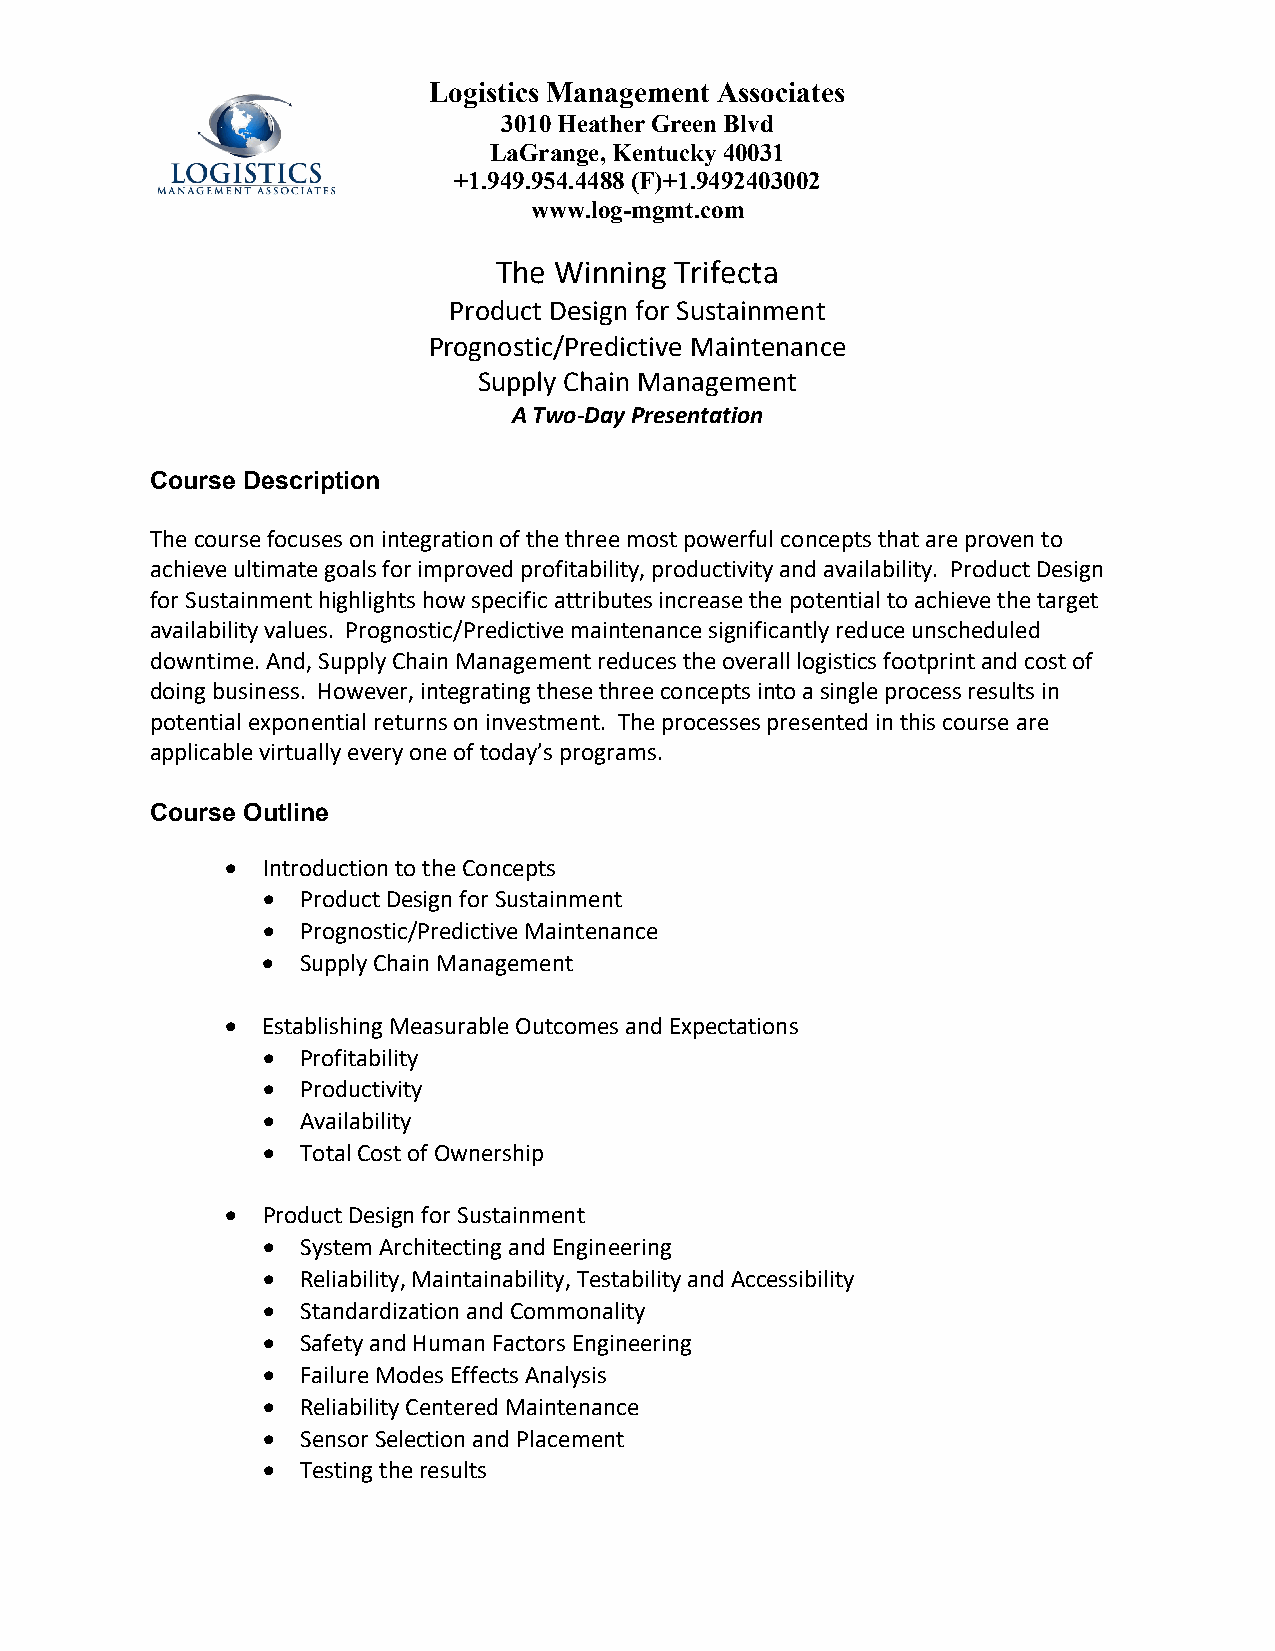
Logistics Management Associates
 3010 Heather Green Blvd
 LaGrange, Kentucky 40031
 +1.949.954.4488 (F)+1.9492403002
 www.log-mgmt.com
 The Winning Trifecta
 Product Design for Sustainment
 Prognostic/Predictive Maintenance
 Supply Chain Management
 A Two-Day Presentation
 Course Description
 The course focuses on integration of the three most powerful concepts that are proven to
 achieve ultimate goals for improved profitability, productivity and availability. Product Design
 for Sustainment highlights how specific attributes increase the potential to achieve the target
 availability values. Prognostic/Predictive maintenance significantly reduce unscheduled
 downtime. And, Supply Chain Management reduces the overall logistics footprint and cost of
 doing business. However, integrating these three concepts into a single process results in
 potential exponential returns on investment. The processes presented in this course are
 applicable virtually every one of today’s programs.
 Course Outline
 • Introduction to the Concepts
 •  Product Design for Sustainment
 •  Prognostic/Predictive Maintenance
 •  Supply Chain Management
 • Establishing Measurable Outcomes and Expectations
 •  Profitability
 •  Productivity
 •  Availability
 •  Total Cost of Ownership
 • Product Design for Sustainment
 •  System Architecting and Engineering
 •  Reliability, Maintainability, Testability and Accessibility
 •  Standardization and Commonality
 •  Safety and Human Factors Engineering
 •  Failure Modes Effects Analysis
 •  Reliability Centered Maintenance
 •  Sensor Selection and Placement
 •  Testing the results